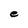
Character: e